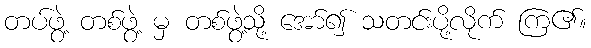
တပ်ဖွဲ့ တစ်ဖွဲ့ မှ တစ်ဖွဲ့သို့ အော်၍ သတင်းပို့လိုက် ကြ၏။